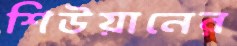
শিউয়ানের